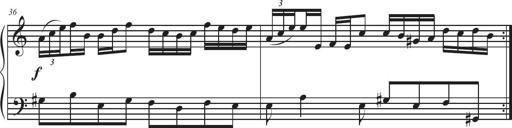
Title: Sonatina Espania
Composer: Jerald Franklin Archer
Key: Various